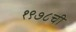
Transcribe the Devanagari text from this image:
१९७८ची